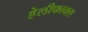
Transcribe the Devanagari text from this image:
हेलीफाक्स